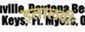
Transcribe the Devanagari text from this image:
इतालवीः